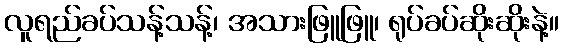
လူရည်ခပ်သန့်သန့်၊ အသားဖြူဖြူ၊ ရုပ်ခပ်ဆိုးဆိုးနဲ့။